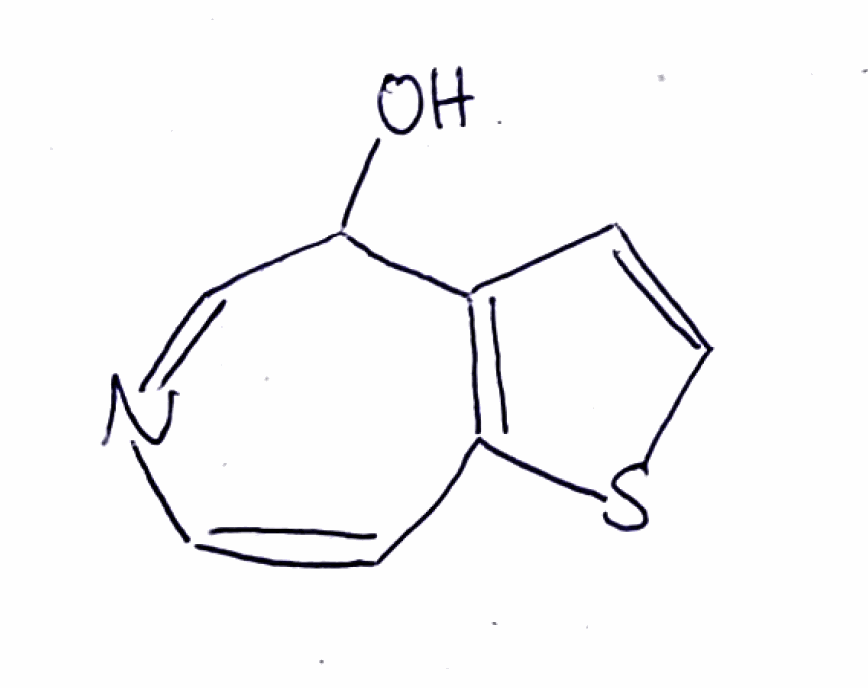
Simplified molecular-input line-entry system (SMILES) notation of the given molecule:
C1=CN=CC(C2=C1SC=C2)O